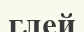
глей